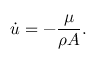
\dot { u } = - \frac { \mu } { \rho A } .